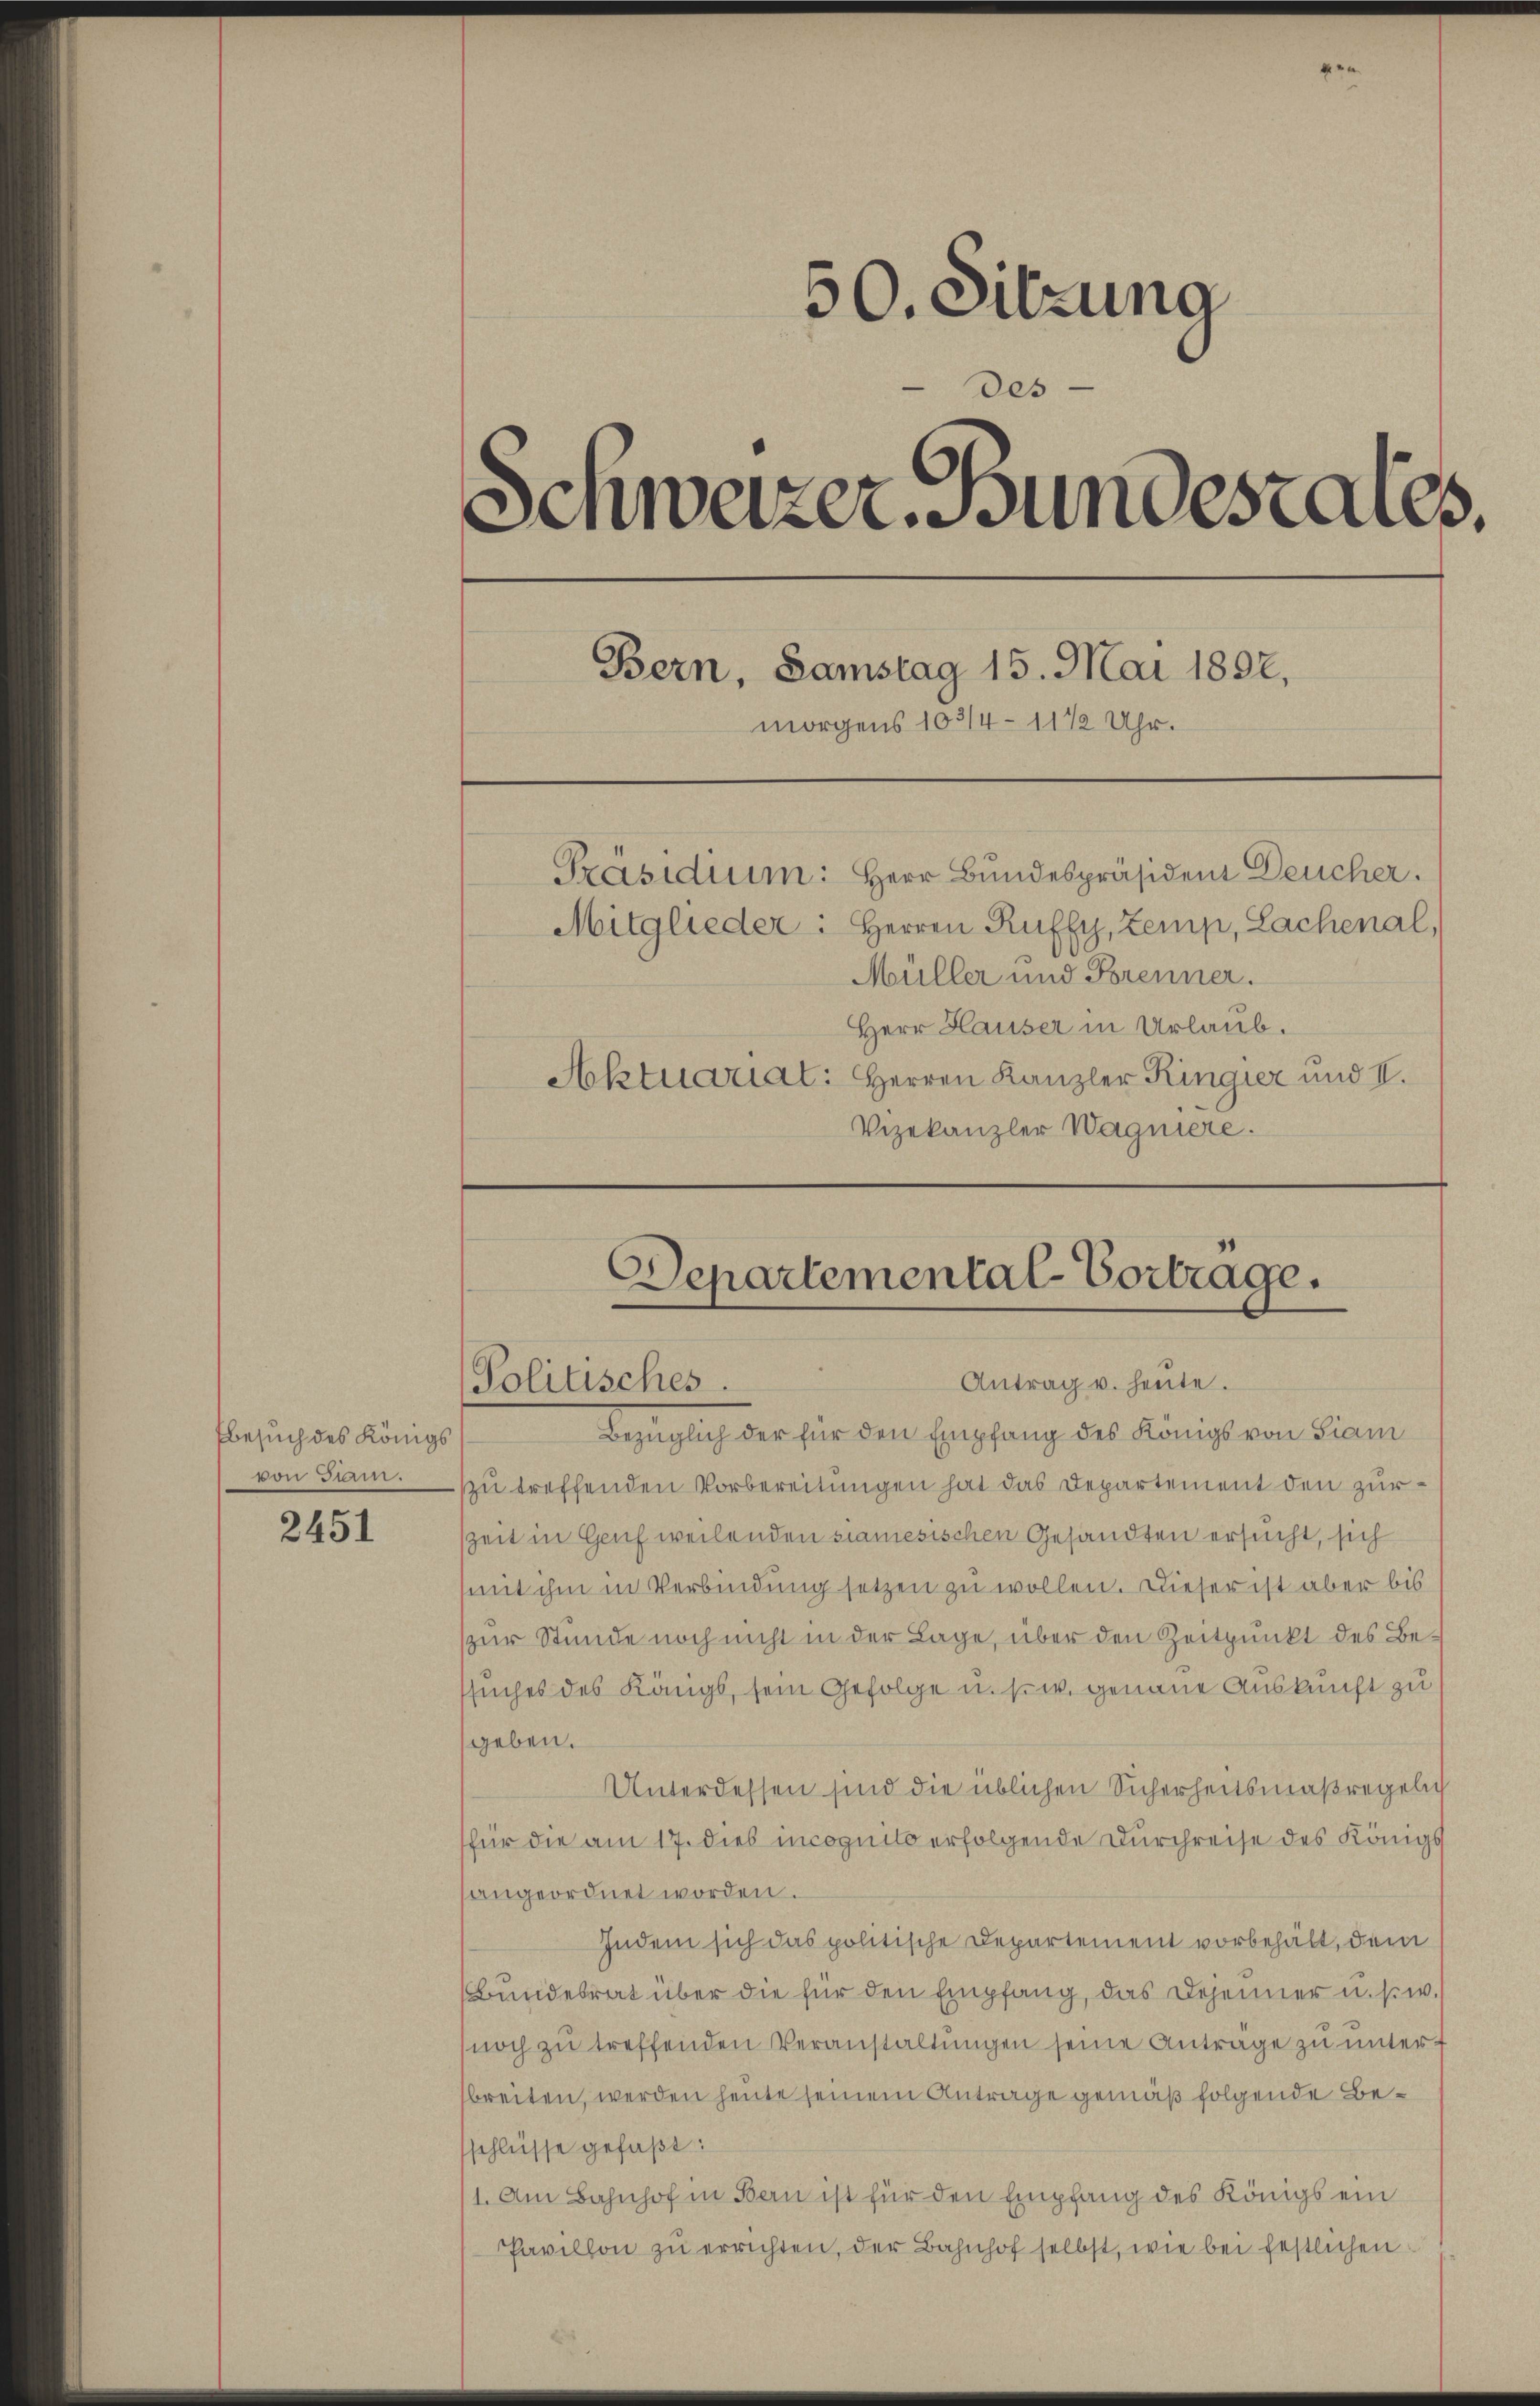
Ebesuch des Königs
von Siam.

2451

50. Sitzung
des
Schweizer Bundestales.
Bern, Samstag 15. Mai 1892,
morgens 103/4 11 1/2 Uhr.
Präsidium: Herr Bundespräsident Deucher.
Mitglieder. Herren Ruffy, Zemp, Lachenal,
Müller und Brenner.
Herr Hauser in Urlaub.
Aktuariat: Herren Kanzler Kingier und II.
Vizekanzler Wagniere.

Departemental-Vortrage.
Antrag u. heute.
Politisches.

Bezüglich der für den Empfang des Königs von Fiam
zu treffenden Vorbereitungen hat das Departement den zur
szeit in Genf weilenden samesischen Gesandten ersucht, sich
mit ihm in Verbindung setzen zu wollen. Dieser ist aber bis
zur Stunde noch nicht in der Lage, über den Zeitpunkt des Bessuches des Königs, sein Gefolge u. s. w. genaue Auskunft zu
geben.
Unterdessen sind die üblichen Sicherheitsmaßregeln
für die am 17. dies incognito erfolgende Durchreise des Königl
sangeordnet worden.
Indem sich das politische Departement vorbehält, dem
Bundesrat über die für den Empfang, das Dojenner u. s. w.)
noch zŭ treffenden Veranstaltungen seine Antrage zu unterbreiten, werden heute seinem Antrage gemäß folgende Beschlüsse gefaßt:
1. Am Bahnhof in Bern ist für den Empfang des Königs ein
Pavillon zu errichten, der Bahnhof selbst, wie bei festlichen